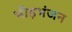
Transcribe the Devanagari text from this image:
भीड़भंजन